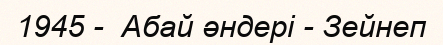
1945 -  Абай әндері - Зейнеп